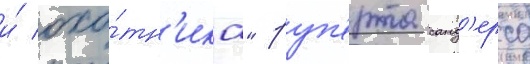
и́ охо́тн'ика" руп'ерта санд'ерса